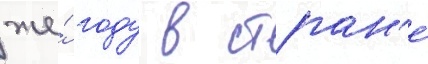
же́ году в стран'е́